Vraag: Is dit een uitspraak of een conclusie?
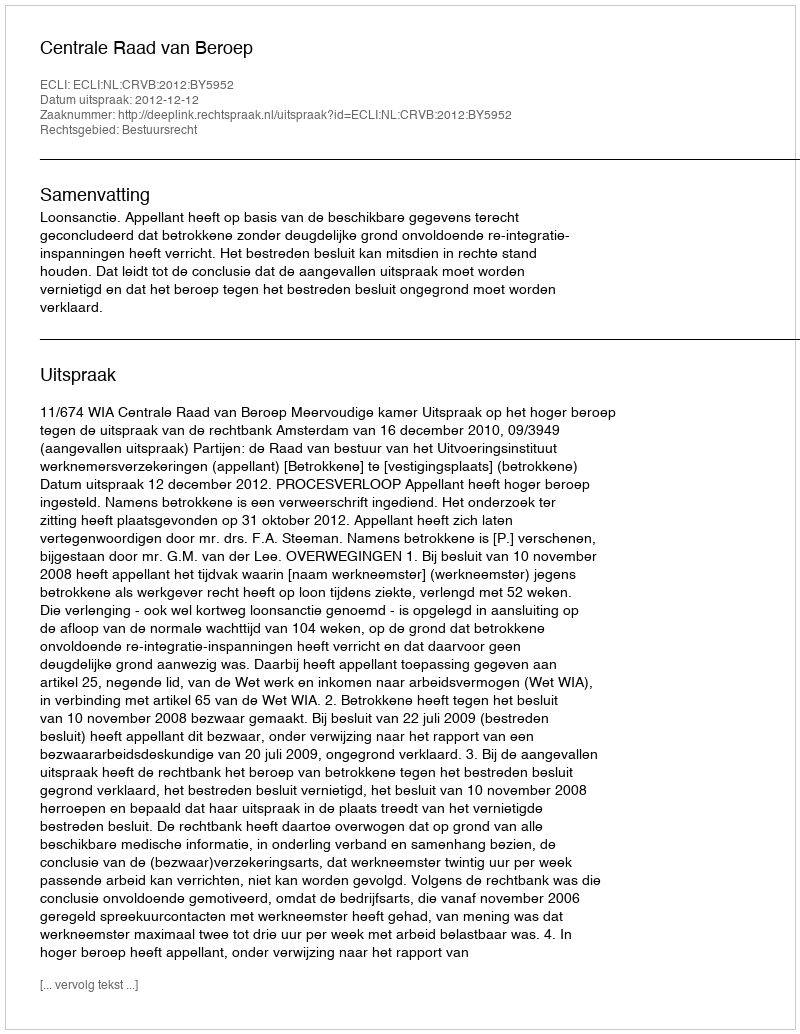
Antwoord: Uitspraak